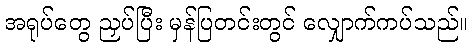
အရုပ်တွေ ညှပ်ပြီး မှန်ပြတင်းတွင် လျှောက်ကပ်သည်။